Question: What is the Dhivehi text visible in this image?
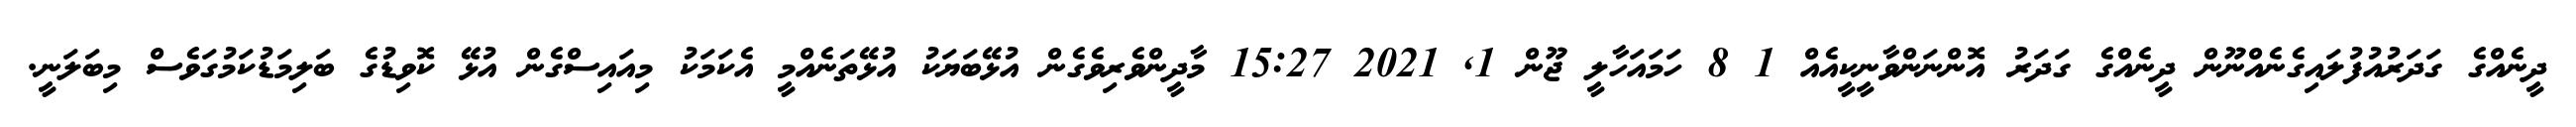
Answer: ދީނެއްގެ ގަދަރުއުފުލައިގެނެއްނޫން ދީނެއްގެ ގަދަރު އޮންނަންވާނީކީއެއް 1 8 ހަމައަހާލީ ޖޫން 1, 2021 15:27 މާދީންވެރިވެގެން އުޅޭބަޔަކު އުޅޭތަނެއްމީ އެކަމަކު މިއައިސްގެން އުޅޭ ކޮވިޑުގެ ބަލިމަޑުކަމުގަވެސް މިބަލަނީ.